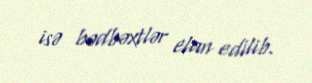
isə bədbəxtlər elan edilib.